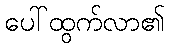
ပေါ်ထွက်လာ၏